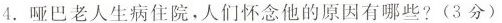
4. 哑巴老人生病住院，人们怀念他的原因有哪些? (3分)